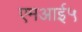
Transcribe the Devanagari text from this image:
एमआई५